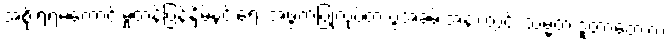
အစိုးရရဲ့မကောင်းမှုတန်ပြန်နှိမ်နင်းရေး အဖွဲ့ကပြုလုပ်တဲ့ ပွဲအခမ်းအနားတွင်း သမ္မတ ဒူတာတေးက